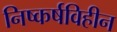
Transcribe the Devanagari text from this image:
निष्कर्षविहीन